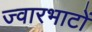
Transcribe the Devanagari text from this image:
ज्वारभाटों